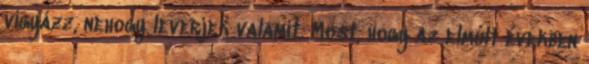
vigyázz, nehogy leverjek valamit. Most, hogy az elmúlt években